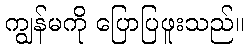
ကျွန်မကို ပြောပြဖူးသည်။